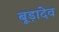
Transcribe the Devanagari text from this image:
बूड़ादेव